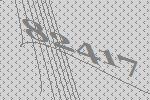
82417